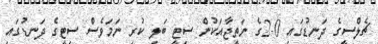
ޗެލްސީގެ ދަނޑުގައި 0-2ގެ ނަތީޖާއަކުން ސިޓީ ބަލި ކުރި ނަމަވެސް ސިޓީގެ ދަނޑުގައި